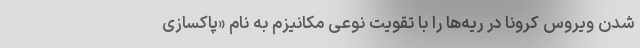
شدن ویروس کرونا در ریه‌ها را با تقویت نوعی مکانیزم به نام «پاکسازی